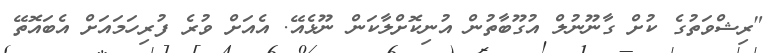
"ރިޝްވަތުގެ ކުށް ގާނޫނުލް އުގޫބާތުން އުނިކޮށްލާކަން ނޫޅެއޭ. އެއަށް ވުރެ ފުރިހަމައަށް އެބައޮތޭ